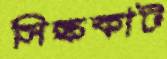
সিল্ককাট